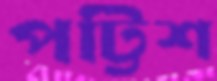
পট্টিশ